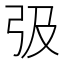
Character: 𢎽